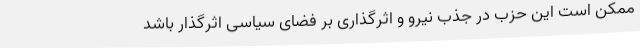
ممکن است این حزب در جذب نیرو و اثرگذاری بر فضای سیاسی اثرگذار باشد